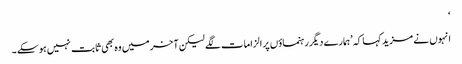
‘
انہوں نے مزید کہا کہ ’ہمارے دیگررہنماؤں پر الزامات لگے لیکن آخر میں وہ بھی ثابت نہیں ہوسکے ۔